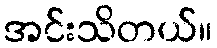
အင်းသိတယ်။